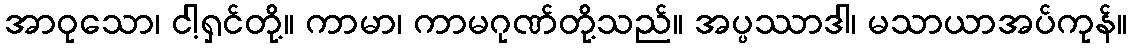
အာဝုသော၊ ငါ့ရှင်တို့။ ကာမာ၊ ကာမဂုဏ်တို့သည်။ အပ္ပဿာဒါ၊ မသာယာအပ်ကုန်။